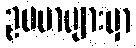
ဥပမာများမှာ